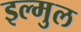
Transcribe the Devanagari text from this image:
इल्मुल